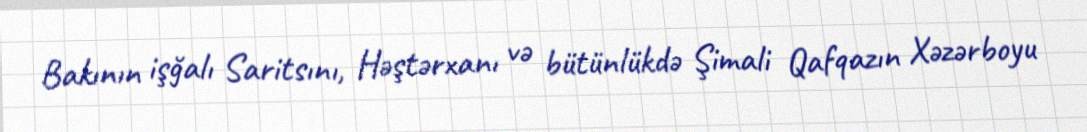
Bakının işğalı Saritsını, Həştərxanı və bütünlükdə Şimali Qafqazın Xəzərboyu